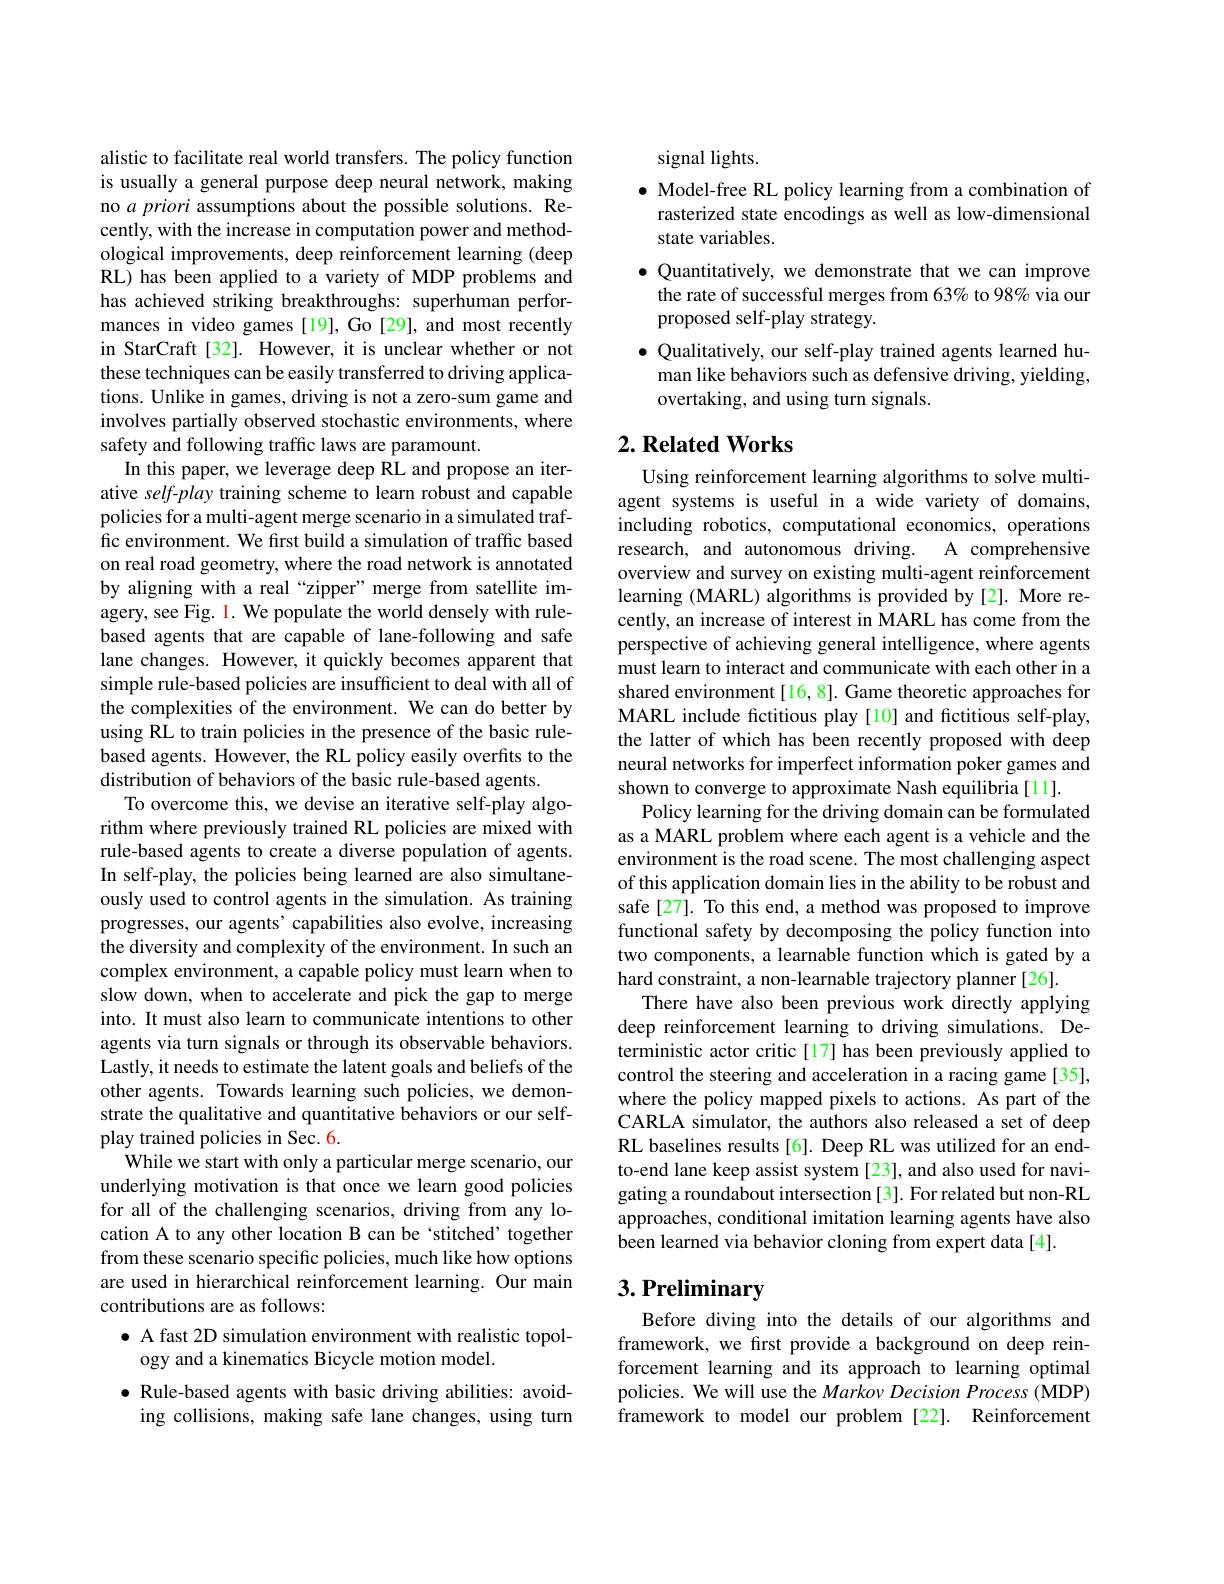
alistic to facilitate real world transfers. The policy function is usually a general purpose deep neural network, making no $a\textit{priori assumptions about the possible solutions. Re- }$ cently, with the increase in computation power and methodological improvements, deep reinforcement learning (deep RL) has been applied to a variety of MDP problems and has achieved striking breakthroughs: superhuman performances in video games [19], Go [29], and most recently in StarCraft [32]. However, it is unclear whether or not these techniques can be easily transferred to driving applications. Unlike in games, driving is not a zero-sum game and involves partially observed stochastic environments, where safety and following traffic laws are paramount.
In this paper, we leverage deep RL and propose an iterative self-play training scheme to learn robust and capable policies for a multi-agent merge scenario in a simulated traffic environment. We first build a simulation of traffic based on real road geometry, where the road network is annotated by aligning with a real “zipper”merge from satellite imagery, see Fig. 1. We populate the world densely with rulebased agents that are capable of lane-following and safe lane changes. However, it quickly becomes apparent that simple rule-based policies are insufficient to deal with all of the complexities of the environment. We can do better by using RL to train policies in the presence of the basic rulebased agents. However, the RL policy easily overfits to the distribution of behaviors of the basic rule-based agents.
To overcome this, we devise an iterative self-play algorithm where previously trained RL policies are mixed with rule-based agents to create a diverse population of agents. In self-play, the policies being learned are also simultaneously used to control agents in the simulation. As training progresses, our agents’ capabilities also evolve, increasing the diversity and complexity of the environment. In such an complex environment, a capable policy must learn when to slow down, when to accelerate and pick the gap to merge into. It must also learn to communicate intentions to other agents via turn signals or through its observable behaviors. Lastly, it needs to estimate the latent goals and beliefs of the other agents. Towards learning such policies, we demonstrate the qualitative and quantitative behaviors or our selfplay trained policies in Sec. 6.
While we start with only a particular merge scenario, our underlying motivation is that once we learn good policies for all of the challenging scenarios, driving from any location A to any other location B can be ‘stitched’together from these scenario specific policies, much like how options are used in hierarchical reinforcement learning. Our main contributions are as follows:
$\bullet$ A fast 2D simulation environment with realistic topol-
ogy and a kinematics Bicycle motion model.
$\bullet$ Rule-based agents with basic driving abilities: avoid-
ing collisions, making safe lane changes, using turn

signal lights.
$\bullet$ Model-free RL policy learning from a combination of rasterized state encodings as well as low-dimensional state variables.
$\bullet$ Quantitatively, we demonstrate that we can improve
the rate of successful merges from 63% to 98% via our
proposed self-play strategy.
$\bullet$ Qualitatively, our self-play trained agents learned human like behaviors such as defensive driving, yielding, overtaking, and using turn signals.

## $2. \textbf{Related Works}$

Using reinforcement learning algorithms to solve multiagent systems is useful in a wide variety of domains, including robotics, computational economics, operations research, and autonomous driving. A comprehensive overview and survey on existing multi-agent reinforcement learning (MARL) algorithms is provided by[2]. More recently, an increase of interest in MARL has come from the perspective of achieving general intelligence, where agents must learn to interact and communicate with each other in a shared environment [16,8]. Game theoretic approaches for MARL include fictitious play[10] and fictitious self-play, the latter of which has been recently proposed with deep neural networks for imperfect information poker games and shown to converge to approximate Nash equilibria [11].
Policy learning for the driving domain can be formulated as a MARL problem where each agent is a vehicle and the environment is the road scene. The most challenging aspect of this application domain lies in the ability to be robust and safe[27]. To this end, a method was proposed to improve functional safety by decomposing the policy function into two components, a learnable function which is gated by a hard constraint, a non-learnable trajectory planner[26].
There have also been previous work directly applying deep reinforcement learning to driving simulations. Deterministic actor critic[17] has been previously applied to control the steering and acceleration in a racing game[35], where the policy mapped pixels to actions. As part of the CARLA simulator, the authors also released a set of deep RL baselines results[6]. Deep RL was utilized for an endto-end lane keep assist system [23], and also used for navigating a roundabout intersection [3]. For related but non-RL approaches, conditional imitation learning agents have also been learned via behavior cloning from expert data [4].

# 3. Preliminary

Before diving into the details of our algorithms and framework, we first provide a background on deep reinforcement learning and its approach to learning optimal policies. We will use the Markov Decision Process (MDP) framework to model our problem[22]. Reinforcement